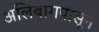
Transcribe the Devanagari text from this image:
अलिबागपासून